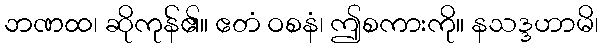
ဘဏထ၊ ဆိုကုန်၏။ ဧတံ ဝစနံ၊ ဤစကားကို။ နသဒ္ဒဟာမိ၊